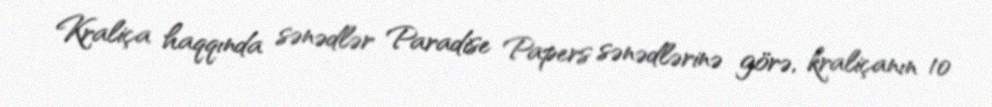
Kraliça haqqında sənədlər Paradise Papers sənədlərinə görə, kraliçanın 10